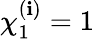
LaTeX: \chi_{1}^{(\mathbf{i})}=1